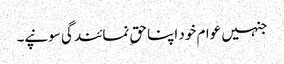
جنہیں عوام خود اپنا حقِ نمائندگی سونپے۔